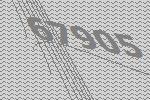
67905